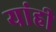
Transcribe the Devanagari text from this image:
यांही